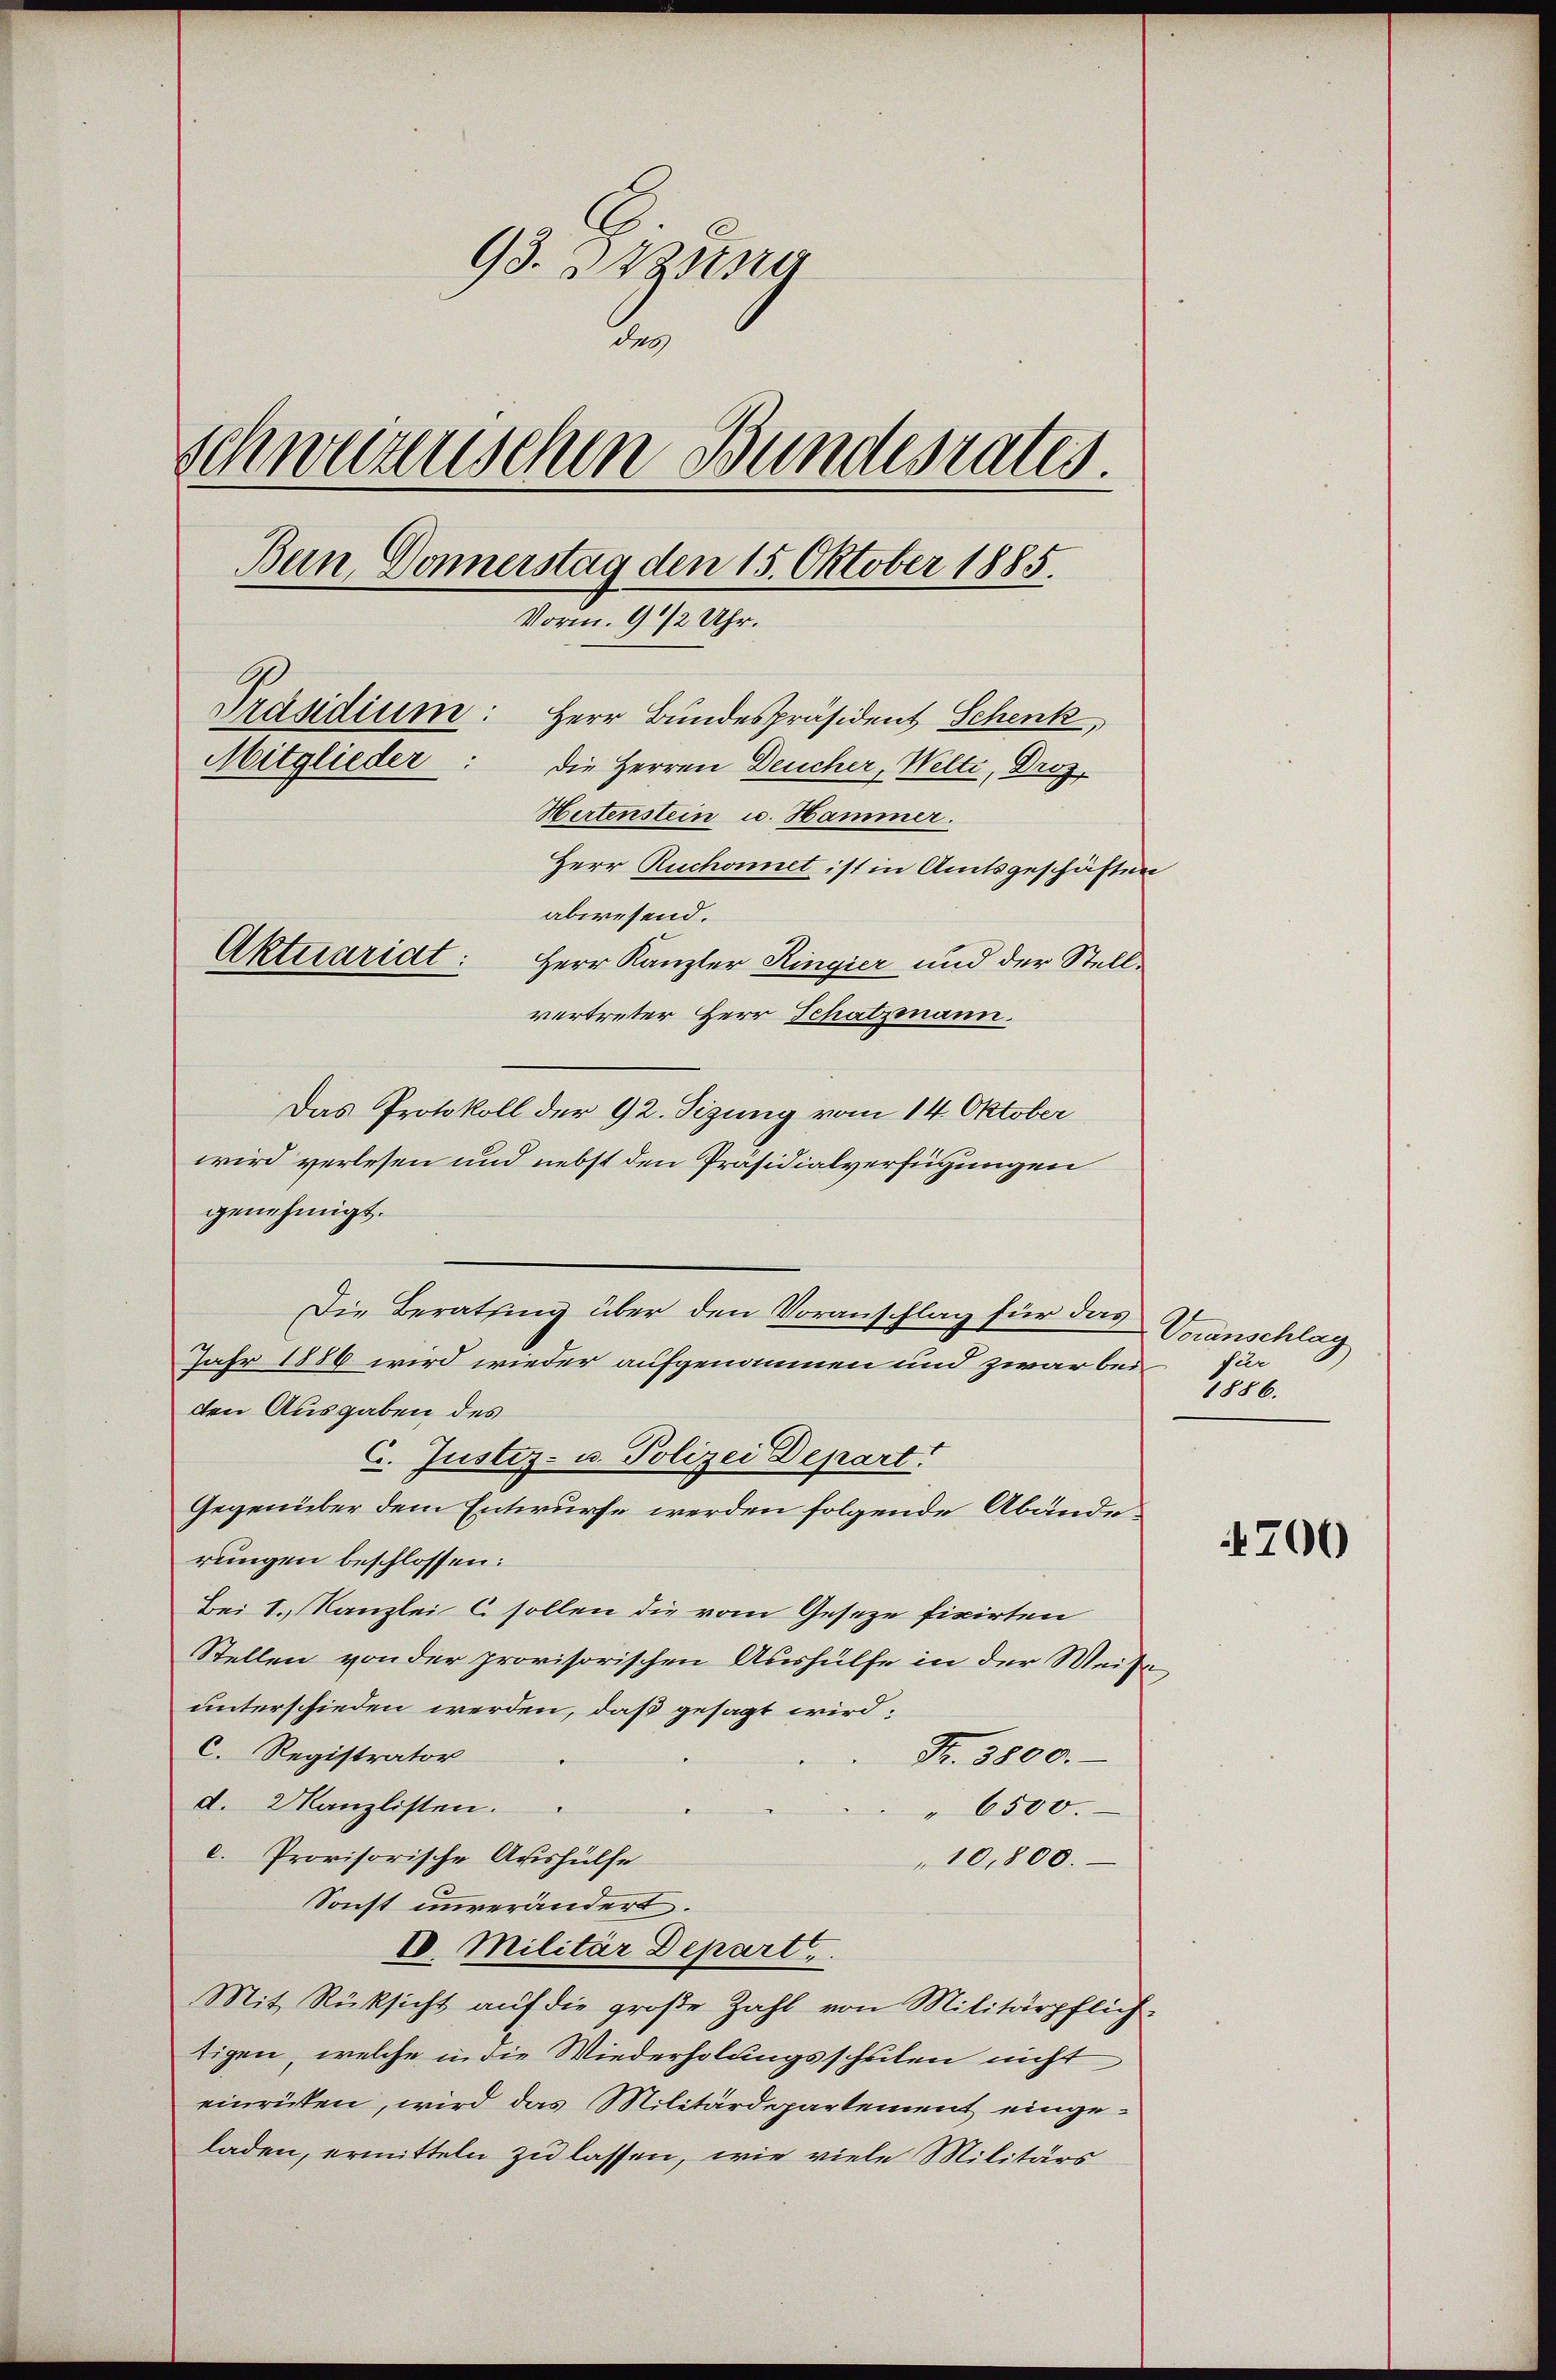
93. Distra
de
Schweizerischen Bundesrates.
Ban Donnerstag den 15. Oktober 1885.
Vorm. 9 1/2 Uhr.
Präsidium: Herr Bundespräsident Schenk,
Mitglieder: die Herren Deucher, Welte, Droz.
Hertenstein u. Hammer.
Herr Ruchonnet ist in Amtsgeschäften
abwesend.
Aktuariat:
Herr Kanzler Ringier und der Stellvertreter Herr Schatzmann.

Die Beratung über den Voranschlag für das

Das Protokoll der 92. Sizung vom 14. Oktober
wird verlesen und nebst den Präsidialverfügungen
genehmigt.
Jahr 1886 wird wieder aufgenommen und zwar bei
den Ausgaben des
C. Justiz- u. Polizei Depart
Gegenüber dem Entwurfe werden folgende Abänderungen beschlossen:
Bei 1. Kanzlei C sollen die vom Geseze fixirten
Stellen von der provisorischen Aushülfe in der Weise
unterschieden werden, daß gesagt wird:
C. Registrator
Fr. 3800.
d. 2 Kanzlisten.
" 6500.
c. Provisorische Aushülfe
10,800.
Sonst unverändert.
E. Militär Depart
Mit Rücksicht auf die große Zahl von Militärpflich-
tigen, welche in die Wiederholungsschulen nicht
einrüken, wird das Militärdepartement eingeladen, ermitteln zu lassen, wie viele Militärs

Voranschlag
fier
1886.

700